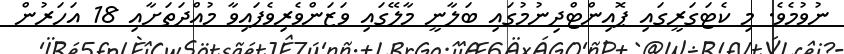
ނުވުމެވެ. މި ކެޓަގަރީގައި ޕޮއިންޓްދިނުމުގައި ބަލާނީ މާލޭގައި ވަޒަންވެރިވެފައިވާ މުއްދަތަށާއި 18 އަހަރުން